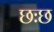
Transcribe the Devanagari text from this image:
छःछ